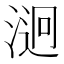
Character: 𣹔